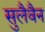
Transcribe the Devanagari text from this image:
सुलैवैन